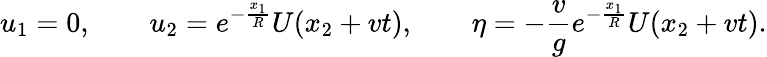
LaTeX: u_{1}=0,\qquad u_{2}=e^{-\frac{x_{1}}{R}}U(x_{2}+vt),\qquad\eta=-\frac{v}{g}e^{-\frac{x_{1}}{R}}U(x_{2}+vt).